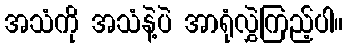
အသံကို အသံနဲ့ပဲ အာရုံလွှဲကြည့်ပါ။